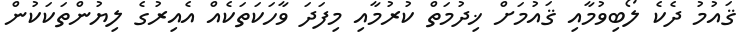
ޤައުމު ދެކެ ލޯބިވުމާއި ޤައުމަށް ޚިދުމަތް ކުރުމާއި މިފަދަ ވާހަކަތަކެއް އެއިރުގެ ލިޔުންތަކަކުން